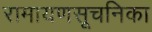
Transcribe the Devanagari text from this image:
रामायणसूचनिका